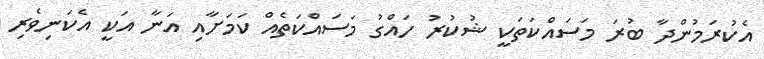
އެކުރަމުންދާ ބުރަ މަސައްކަތަކީ ޝުކުރު ހައްގު މަސައްކަތެއް ކަމަށާއި އަނާ އަކީ އެކަނިވެރި